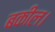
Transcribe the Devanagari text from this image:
बकील।